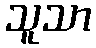
သူသာ